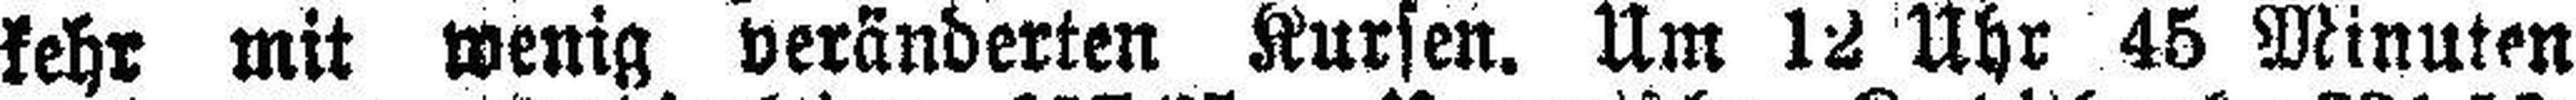
kehr mit wenig veränderten Kursen. Um 12 Uhr 45 Minuten